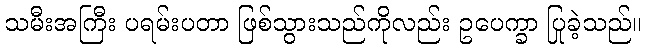
သမီးအကြီး ပရမ်းပတာ ဖြစ်သွားသည်ကိုလည်း ဥပေက္ခာ ပြုခဲ့သည်။